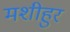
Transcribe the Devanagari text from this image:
मशीहुर